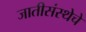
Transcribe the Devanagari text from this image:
जातीसंस्थेचे